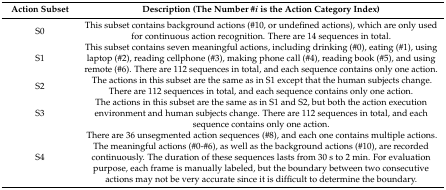
| Action Subset | Description (The Number #i is the Action Category Index) |
 | --- | --- |
 | S0 | This subset contains background actions (#10, or undefined actions), which are only used for continuous action recognition. There are 14 sequences in total. |
 | S1 | This subset contains seven meaningful actions, including drinking (#0), eating (#1), using laptop (#2), reading cellphone (#3), making phone call (#4), reading book (#5), and using remote (#6). There are 112 sequences in total, and each sequence contains only one action. |
 | S2 | The actions in this subset are the same as in S1 except that the human subjects change. There are 112 sequences in total, and each sequence contains only one action. |
 | S3 | The actions in this subset are the same as in S1 and S2, but both the action execution environment and human subjects change. There are 112 sequences in total, and each sequence contains only one action. |
 | S4 | There are 36 unsegmented action sequences (#8), and each one contains multiple actions. The meaningful actions (#0-#6), as well as the background actions (#10), are recorded continuously. The duration of these sequences lasts from 30 s to 2 min. For evaluation purpose, each frame is manually labeled, but the boundary between two consecutive actions may not be very accurate since it is difficult to determine the boundary. |